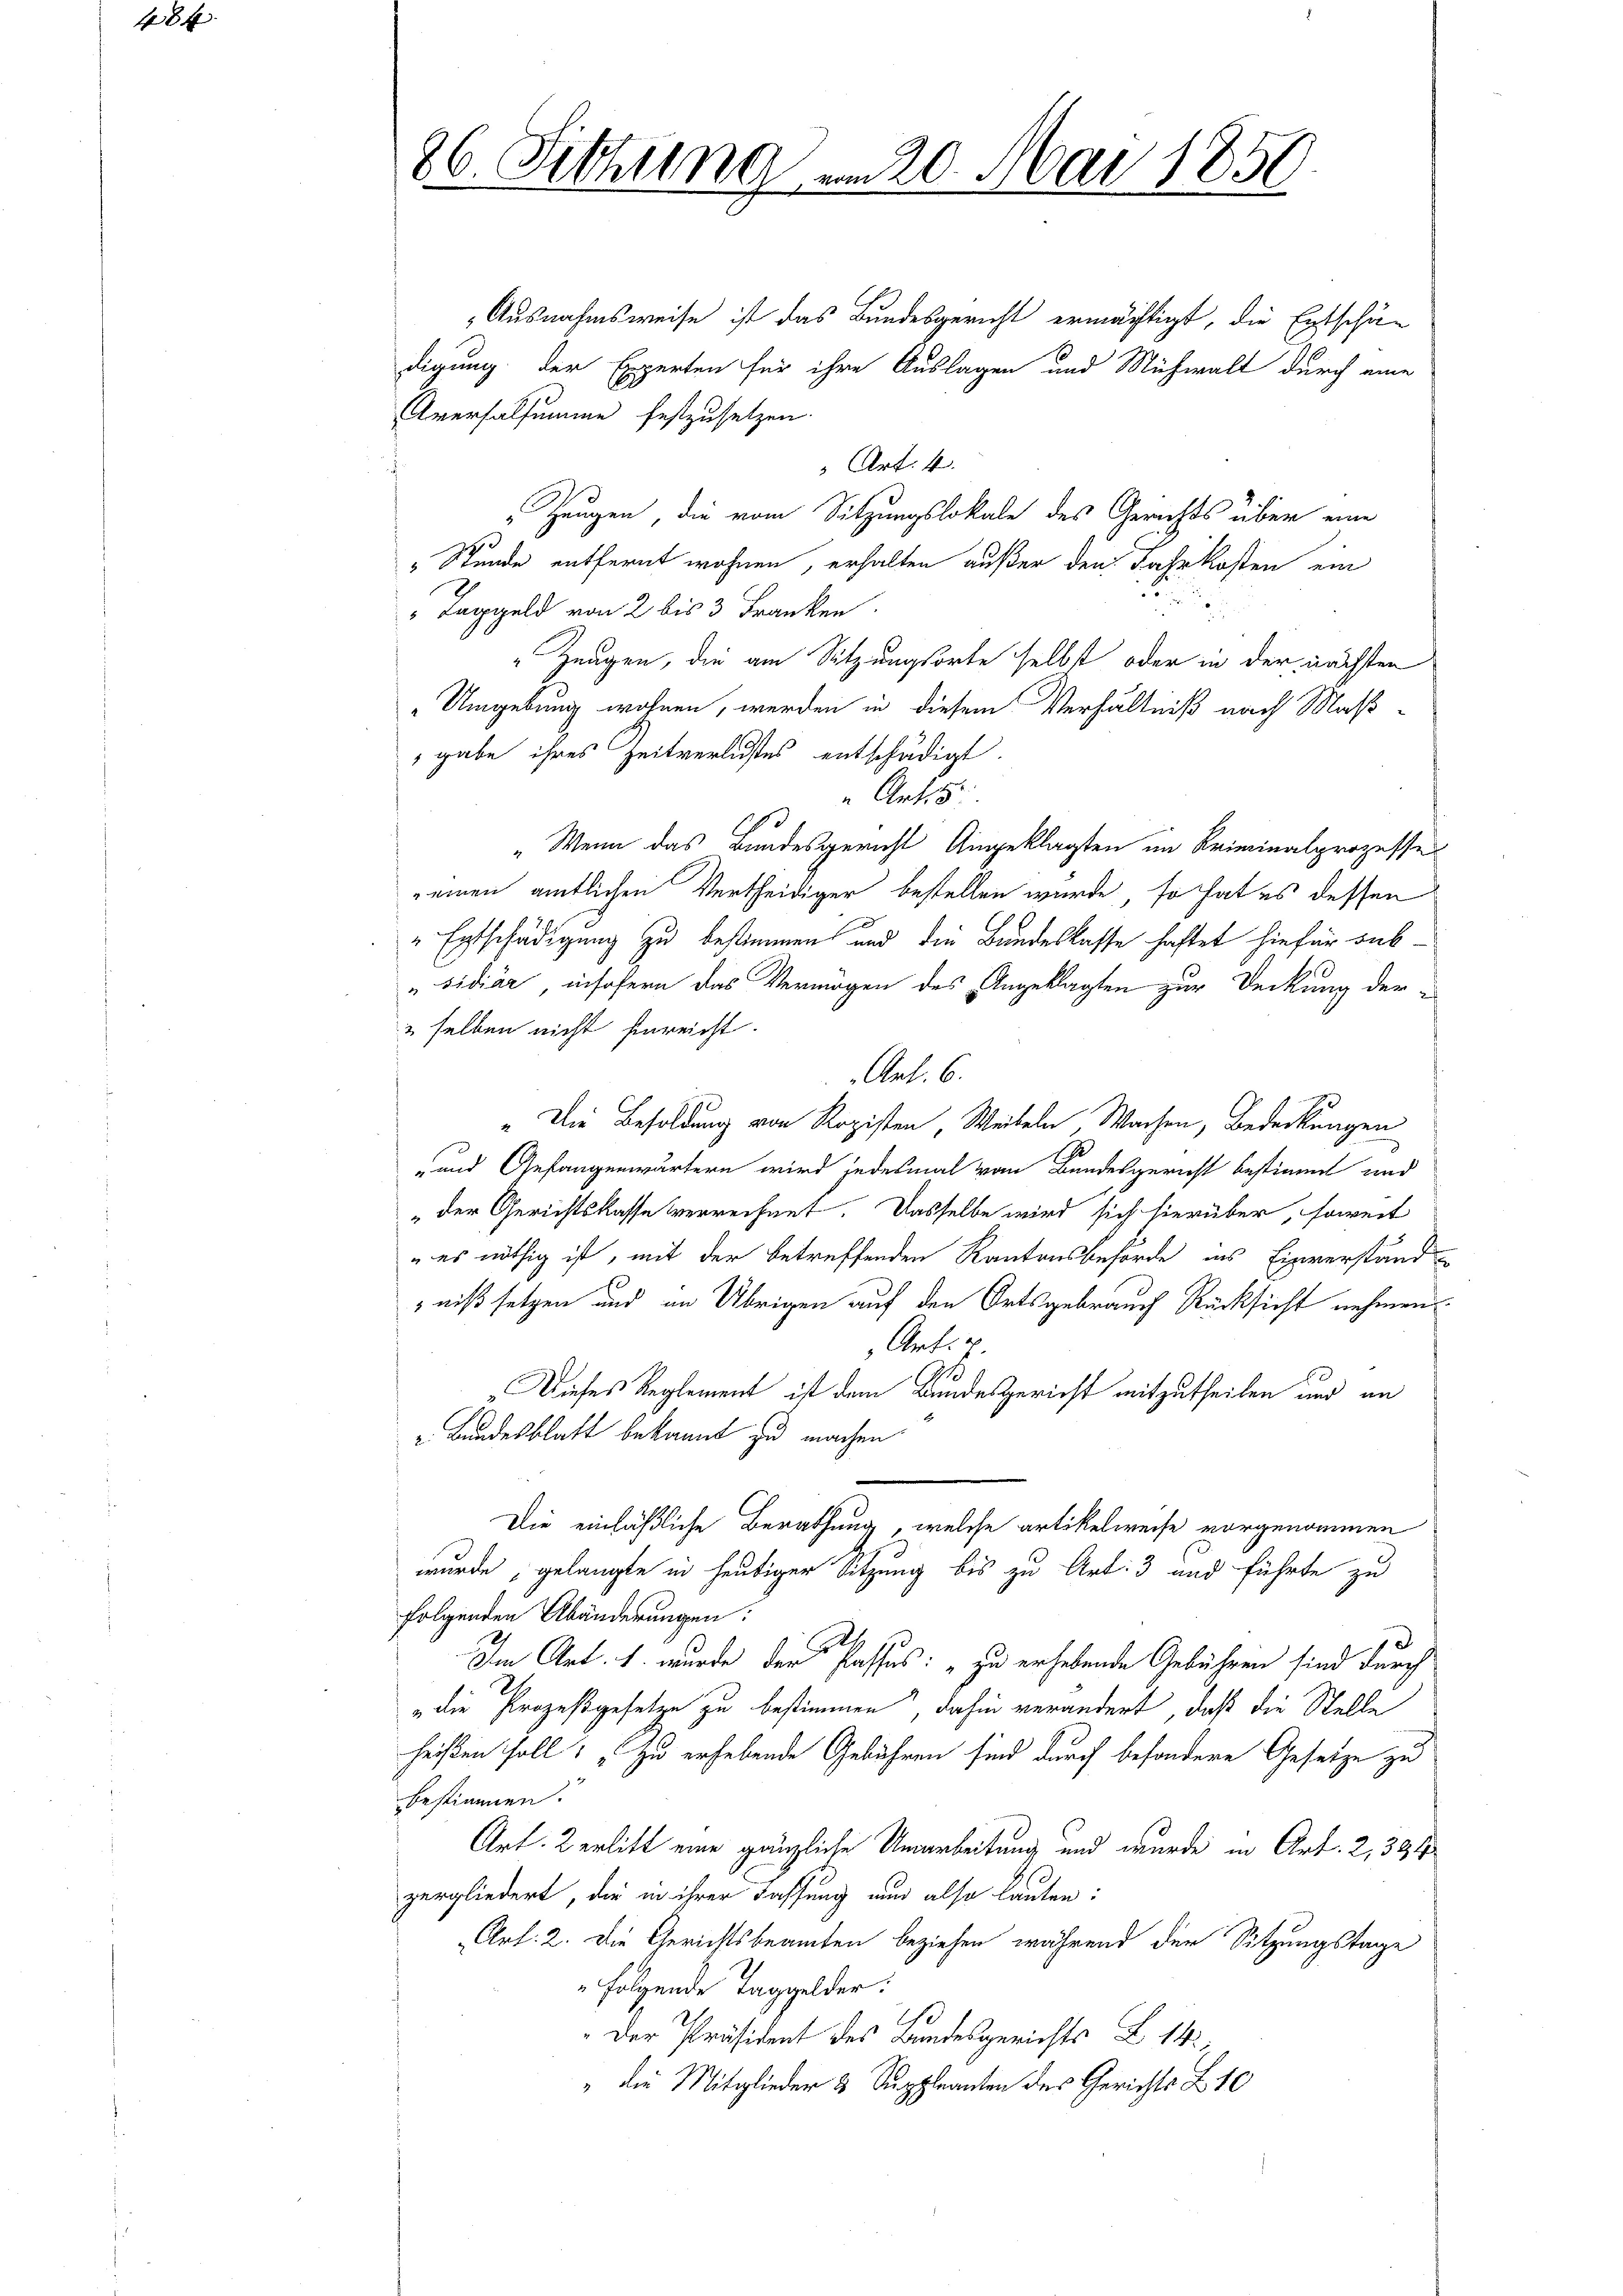
484

Ausnahmsweise ist das Bundesgericht ermächtigt, die Entschä-
digung der Experten für ihre Auslagen und Michwalt durch eine
Aversalsumme festzusetzen.
 Art. 4.
„Zeugen, die vom Sitzungslokale des Gerichts über eine
" Stunde entfernt wohnen, erhalten außer den Jahr kosten ein
n
"Taggeld von 2 bis 3 Franken.
Zeugen, die am Sitzungsorte selbst oder in der nächsten
Umgebung wohnen, werden in diesem Verhältniß nach Maßgabe ihres Zeitverlustes entschädigt.
 Art
1
"Wenn das Bundesgericht Angeklagten im Kriminalprozesse
einen amtlichen Vertheidiger bestellen wurde, so hat es dessen
" Entschädigung zu bestimmen und die Bundeskasse haftet hiefür sub¬
„sidiär, insofern das Vermögen des Angeklagten zur Deckung der
selben nicht hinreicht.
Art. 6.
Die Besoldung von Rozisten, Weibeln, Wachen, Bedeckungen
14
und Gefangenwärtern wird jedesmal von Bandesgericht bestimmt und
„der Gerichtskasse verrechnet. Dasselbe wird sich hierüber, soweit
" es nöthig ist, mit der betreffenden Kantonsbehörde als Einverstand
niß setzen und in Übrigen auf den Ortsgebrauch Rücksicht nehmen.
Art.
5
Dieses Reglement ist dem Bundesgericht mitzutheilen und an
. Bundesblatt bekannt zu machen.
Die einläßliche Berathung, welche artikelweise vorgenommen
wurde, gelangte in heutiger Sitzung bis zu Art: 3 und führte zu
folgenden Abänderungen:
.
Im Art. 1. wurde der Passus: „zu erhebende Gebühren sind durch
„die Prozeßgesetze zu bestimmen, dahin verändert, daß die Stelle
heißen soll: „Zu erhebende Gebühren sind durch besondere Gesetze zu
bestimmen.
Art. Berlitt eine gänzliche Umarbeitung und wurde in Art. 2, 334
zergliedert, die in ihrer Fassung nun also lauten:
Art: 2. Die Gerichtsbeamten beziehen während der Sitzungstage
folgende Taggelder.
h.
" Der Präsident des Bundesgerichts Z. 14.
" die Mitglieder 3 Suppleanten des Gerichts L. 10

26. Sitzung am 20. Mai 1850.